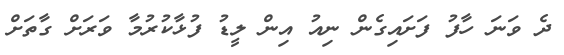
ދެ ވަނަ ހާފު ފަށައިގެން ނިއު އިން ލީޑު ފުޅާކުރުމާ ވަރަށް ގާތަށް